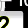
Digit: 2